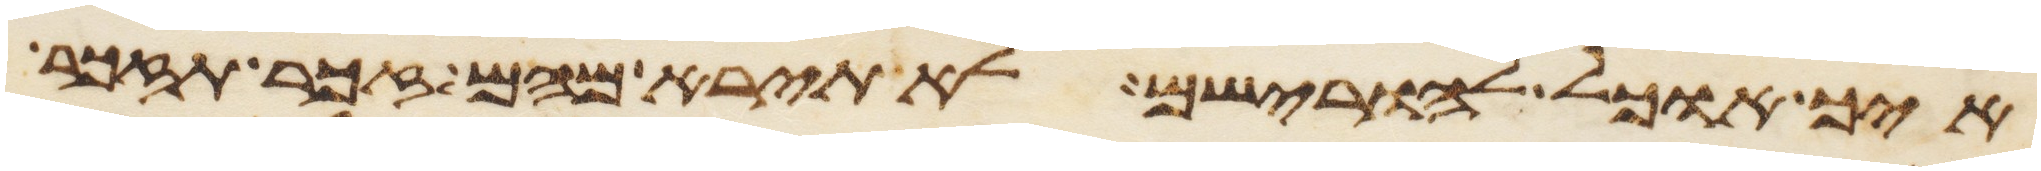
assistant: איך אוכל להורישם לא תירא מהם זכר תזכר